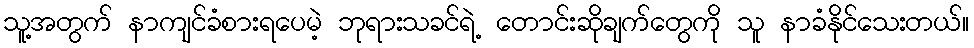
သူ့အတွက် နာကျင်ခံစားရပေမဲ့ ဘုရားသခင်ရဲ့ တောင်းဆိုချက်တွေကို သူ နာခံနိုင်သေးတယ်။